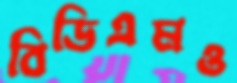
বিডিএমও